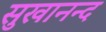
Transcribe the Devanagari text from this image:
सुखानन्द